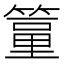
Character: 𥲔